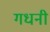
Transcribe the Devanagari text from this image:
गधनी